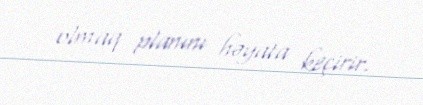
olmaq planını həyata keçirir.